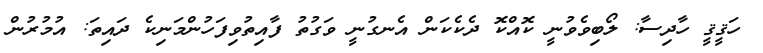
ހަޤީޤީ ހާދިސާ: ލޯބިވެވުނީ ކޮއްކޮ ދެކެކަން އެނގުނީ ވަގުތު ފާއިތުވިފަހުންމަނިކެ ދައިތަ: އުމުރުން